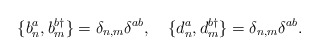
\begin{align*}\{b_n^a, b_m^{b\dagger}\}=\delta_{n,m}\delta^{ab},\quad\{d_n^a, d_m^{b\dagger}\}=\delta_{n,m}\delta^{ab}.\end{align*}